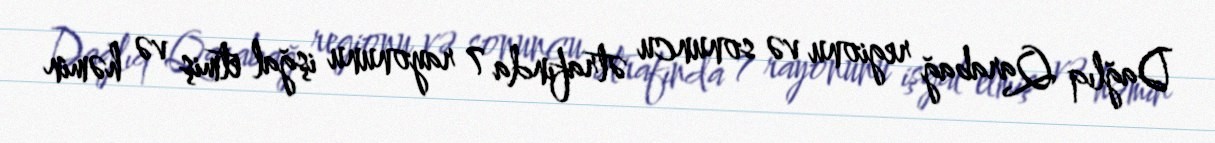
Dağlıq Qarabağ regionu və sonuncu ətrafında 7 rayonunu işğal etmiş və həmin